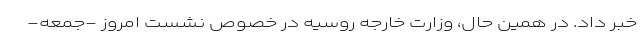
خبر داد. در همین حال، وزارت خارجه روسیه در خصوص نشست امروز -جمعه-